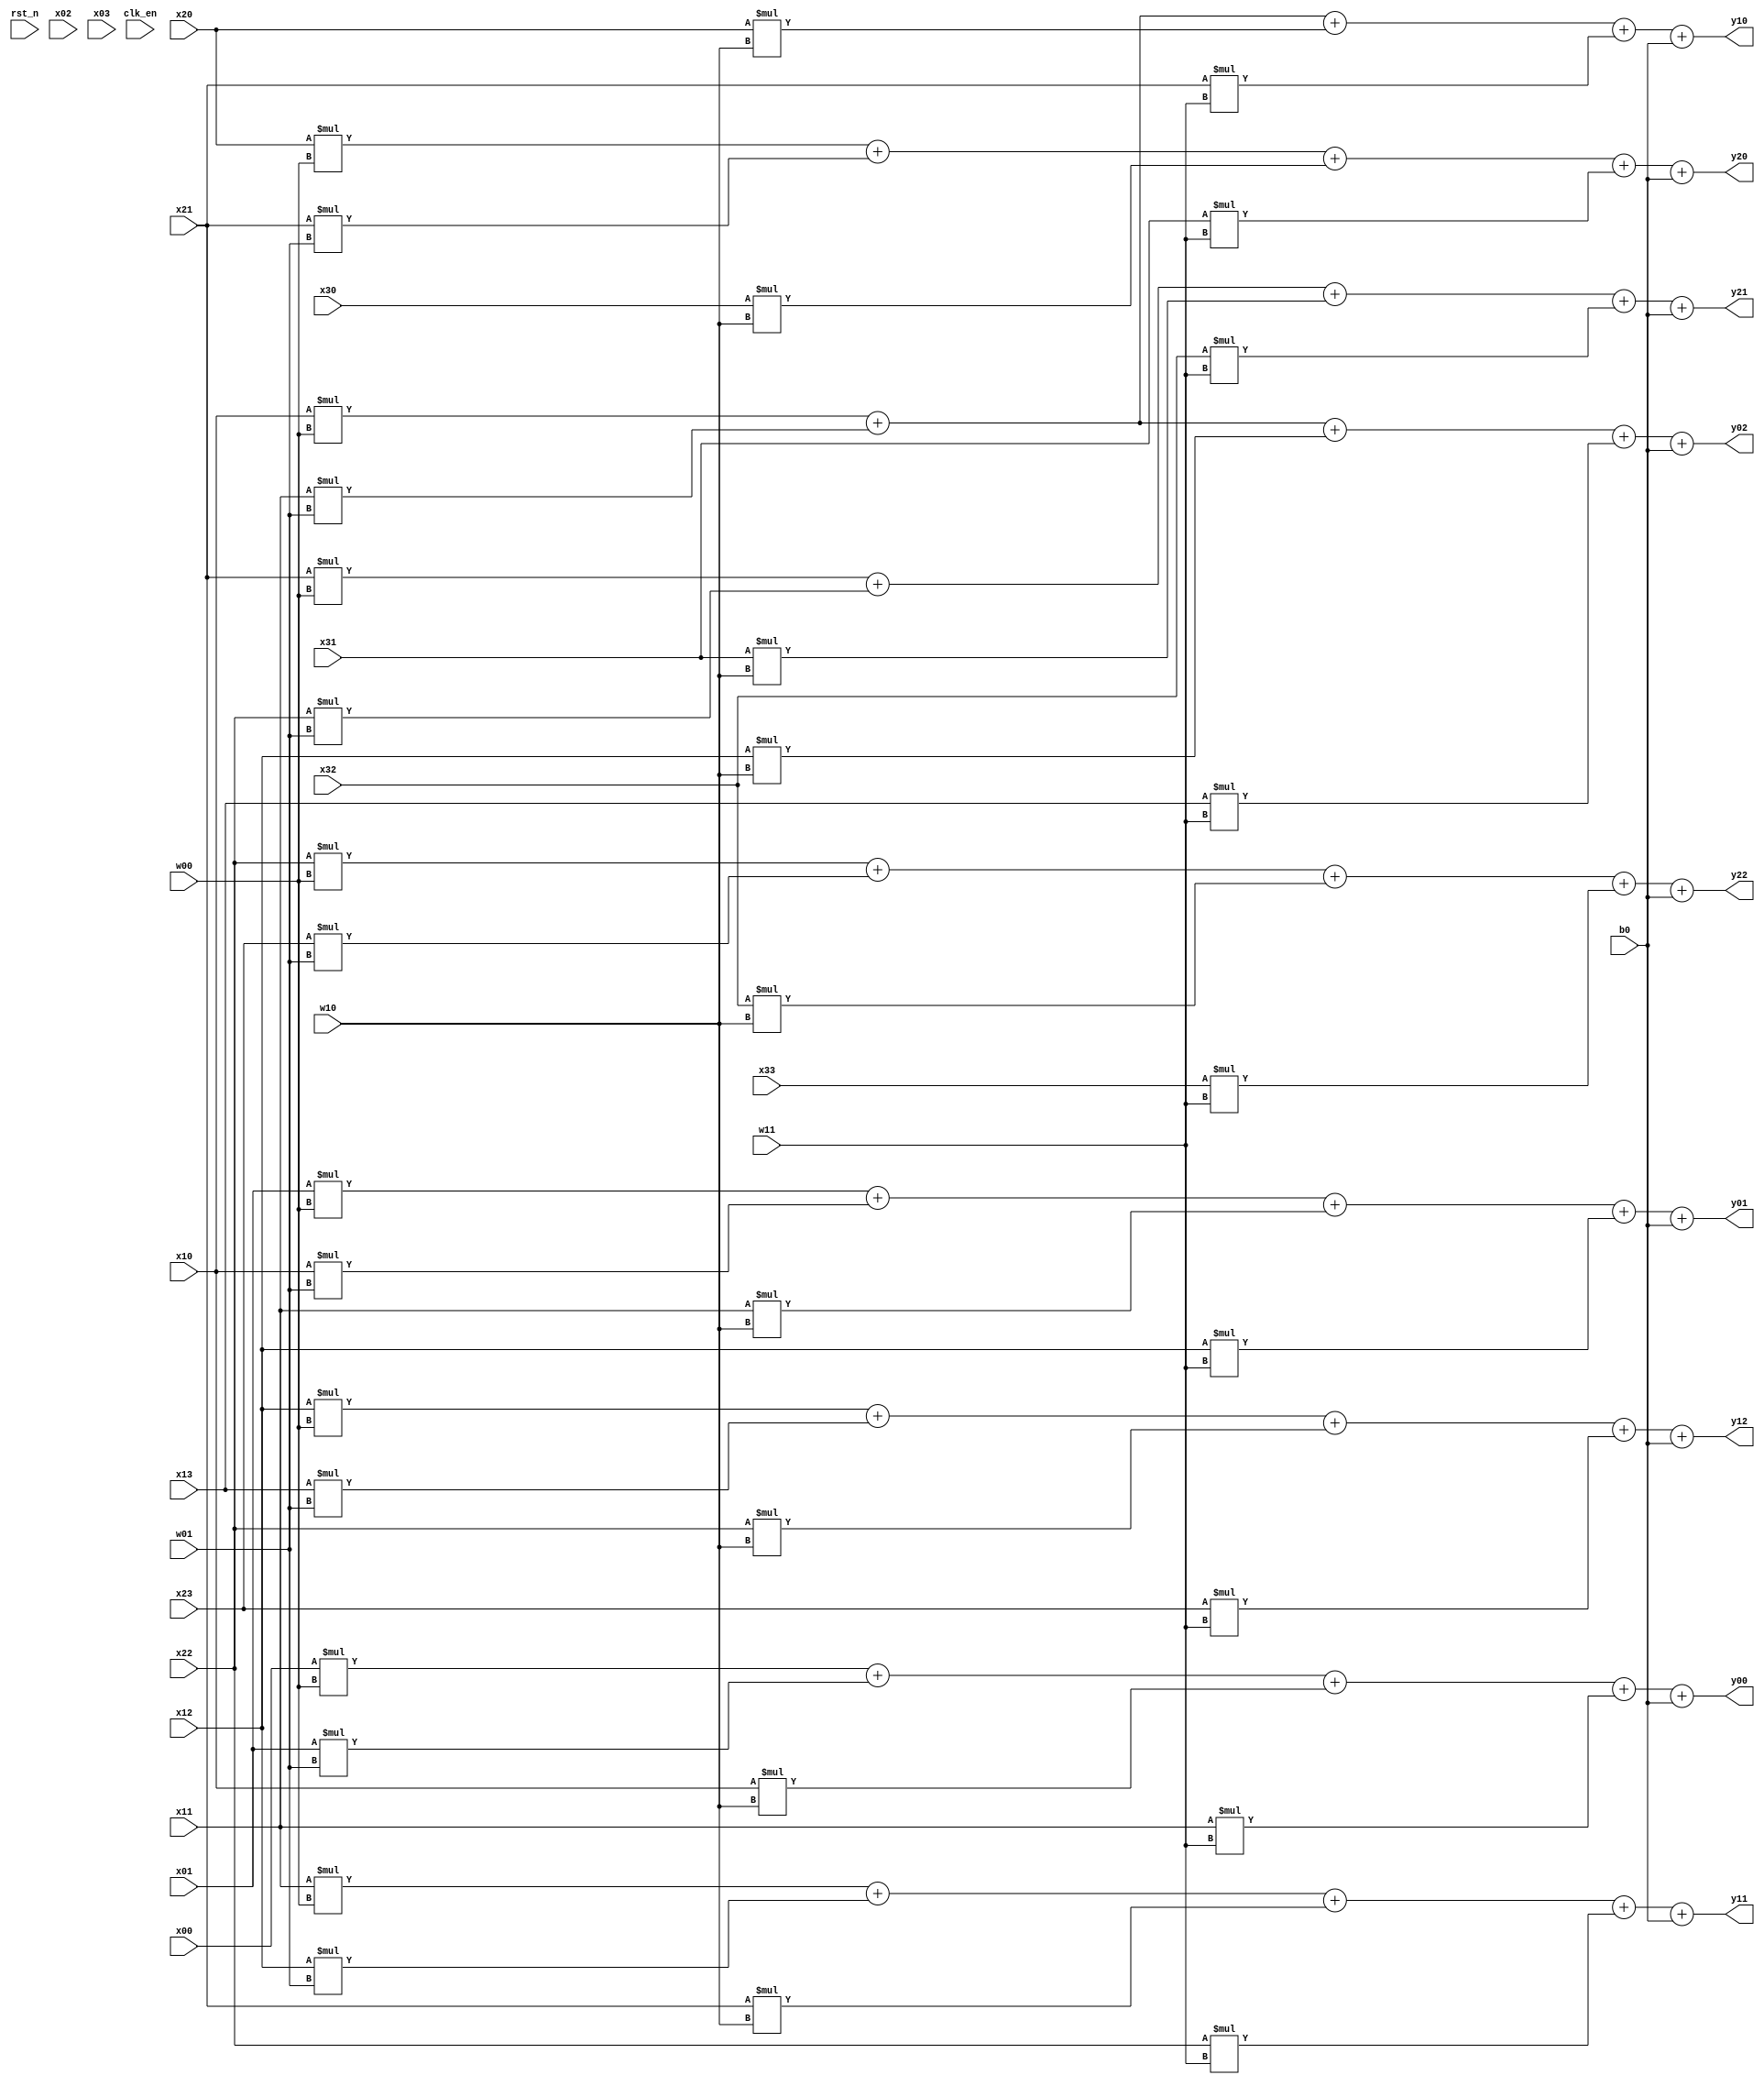
module conv_c1w4h4_k2b1_s1p1(
    clk_en,
    rst_n,
    x00, x01, x02, x03,
    x10, x11, x12, x13,
    x20, x21, x22, x23,
    x30, x31, x32, x33,
    w00, w01,
    w10, w11,
    b0,
    y00, y01, y02,
    y10, y11, y12,
    y20, y21, y22
);
parameter BITWIDTH = 4'd1;

input clk_en;
input rst_n;
input signed [BITWIDTH:0] x00;
input signed [BITWIDTH:0] x01;
input signed [BITWIDTH:0] x02;
input signed [BITWIDTH:0] x03;
input signed [BITWIDTH:0] x10;
input signed [BITWIDTH:0] x11;
input signed [BITWIDTH:0] x12;
input signed [BITWIDTH:0] x13;
input signed [BITWIDTH:0] x20;
input signed [BITWIDTH:0] x21;
input signed [BITWIDTH:0] x22;
input signed [BITWIDTH:0] x23;
input signed [BITWIDTH:0] x30;
input signed [BITWIDTH:0] x31;
input signed [BITWIDTH:0] x32;
input signed [BITWIDTH:0] x33;

input signed [BITWIDTH:0] w00;
input signed [BITWIDTH:0] w01;
input signed [BITWIDTH:0] w10;
input signed [BITWIDTH:0] w11;

input signed [BITWIDTH:0] b0;

output reg signed [BITWIDTH:0] y00;
output reg signed [BITWIDTH:0] y01;
output reg signed [BITWIDTH:0] y02;
output reg signed [BITWIDTH:0] y10;
output reg signed [BITWIDTH:0] y11;
output reg signed [BITWIDTH:0] y12;
output reg signed [BITWIDTH:0] y20;
output reg signed [BITWIDTH:0] y21;
output reg signed [BITWIDTH:0] y22;

always @(*) begin
    y00 = x00*w00 + x01*w01 + x10*w10 + x11*w11 + b0;
    y01 = x01*w00 + x10*w01 + x11*w10 + x12*w11 + b0;
    y02 = x10*w00 + x11*w01 + x12*w10 + x13*w11 + b0;

    y10 = x10*w00 + x11*w01 + x20*w10 + x21*w11 + b0;
    y11 = x11*w00 + x12*w01 + x21*w10 + x22*w11 + b0;
    y12 = x12*w00 + x13*w01 + x22*w10 + x23*w11 + b0;

    y20 = x20*w00 + x21*w01 + x30*w10 + x31*w11 + b0;
    y21 = x21*w00 + x22*w01 + x31*w10 + x32*w11 + b0;
    y22 = x22*w00 + x23*w01 + x32*w10 + x33*w11 + b0;
end
endmodule